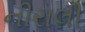
નીરાલી